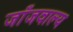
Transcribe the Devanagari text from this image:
जाँजवाल्य